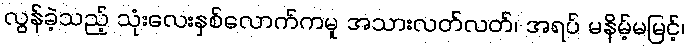
လွန်ခဲ့သည့် သုံးလေးနှစ်လောက်ကမူ အသားလတ်လတ်၊ အရပ် မနိမ့်မမြင့်၊